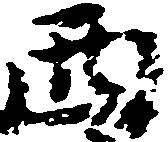
西